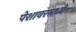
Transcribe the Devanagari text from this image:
पेशावरमध्ये